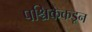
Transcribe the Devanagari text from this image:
पश्चिकेकडून